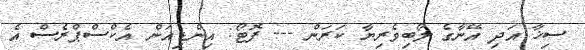
ސިޚާ އަދި އޭނާގެ ލޯބިވެރިޔާ ކަރަން --- ފޮޓޯ: އިންޑިއަން އެކްސްޕްރެސް އެ